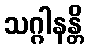
သဂ္ဂါနန္တိ